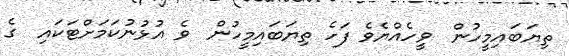
ތިޔަބައިމީހުން  ވީހެއްޔެވެ ފަހެ ތިޔަބައިމީހުން  ވެ އުޅުނުކަމަށްޓަކައި  ގެ